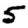
Digit: 5